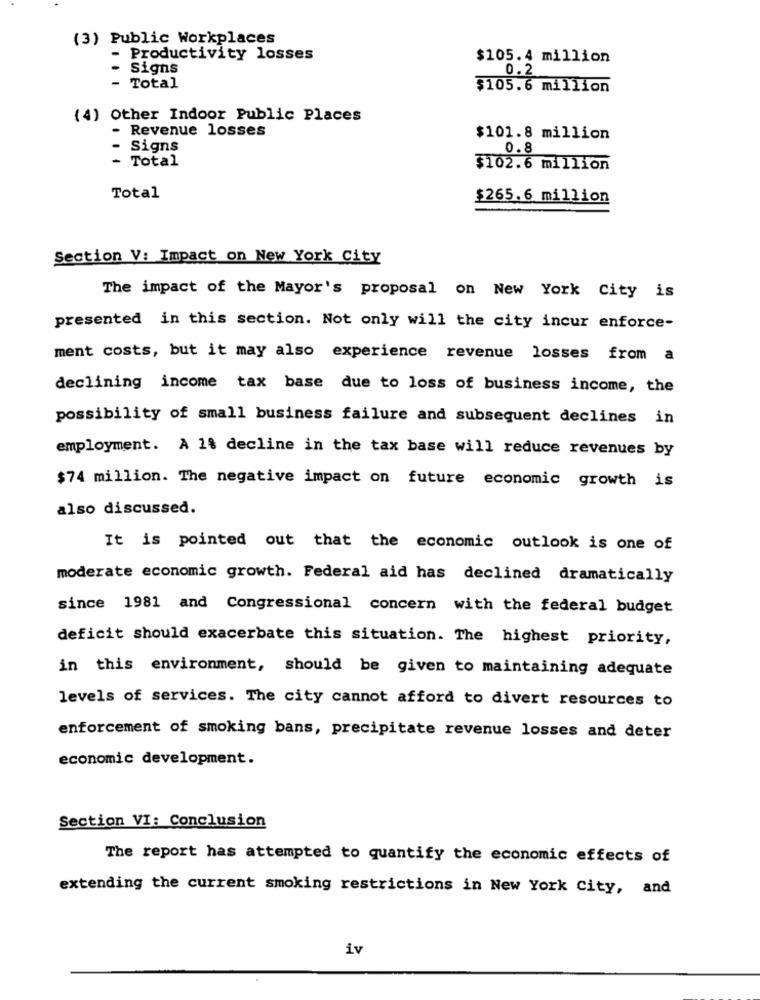
(3) Public Workplaces
- Productivity losses
$105.4 million
Signs
0.2
- Total
$105.6 million
(4) Other Indoor Public Places
Revenue losses
$101.8 million
Signs
0.8
- Total
$102.6 million
Total
$265.6 million
Section V: Impact on New York City
The impact of the Mayor's proposal on New York City is
presented in this section. Not only will the city incur enforce-
ment costs, but it may also experience revenue losses from a
declining income tax base due to loss of business income, the
possibility of small business failure and subsequent declines in
employment. A 1% decline in the tax base will reduce revenues by
$74 million. The negative impact on future economic growth is
also discussed.
It is pointed out that the economic outlook is one of
moderate economic growth. Federal aid has declined dramatically
since 1981 and Congressional concern with the federal budget
deficit should exacerbate this situation. The highest priority,
in this environment, should be given to maintaining adequate
levels of services. The city cannot afford to divert resources to
enforcement of smoking bans, precipitate revenue losses and deter
economic development.
Section VI: Conclusion
The report has attempted to quantify the economic effects of
extending the current smoking restrictions in New York City, and
iv